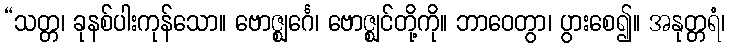
“သတ္တ၊ ခုနစ်ပါးကုန်သော။ ဗောဇ္ဈင်္ဂေ၊ ဗောဇ္ဈင်တို့ကို။ ဘာဝေတွာ၊ ပွားစေ၍။ အနုတ္တရံ၊